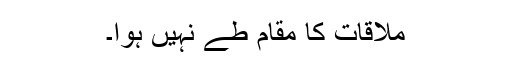
ملاقات کا مقام طے نہیں ہوا۔